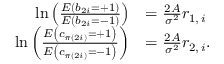
\begin{array} { r l } { \ln \left( \frac { E \left( b _ { 2 i } = + 1 \right) } { E \left( b _ { 2 i } = - 1 \right) } \right) } & { = \frac { 2 A } { \sigma ^ { 2 } } r _ { 1 , \, i } } \\ { \ln \left( \frac { E \left( c _ { \pi ( 2 i ) } = + 1 \right) } { E \left( c _ { \pi ( 2 i ) } = - 1 \right) } \right) } & { = \frac { 2 A } { \sigma ^ { 2 } } r _ { 2 , \, i } . } \end{array}